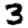
Digit: 3